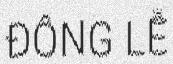
ĐÔNG LỄ